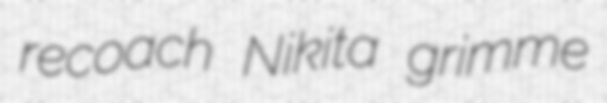
recoach Nikita grimme